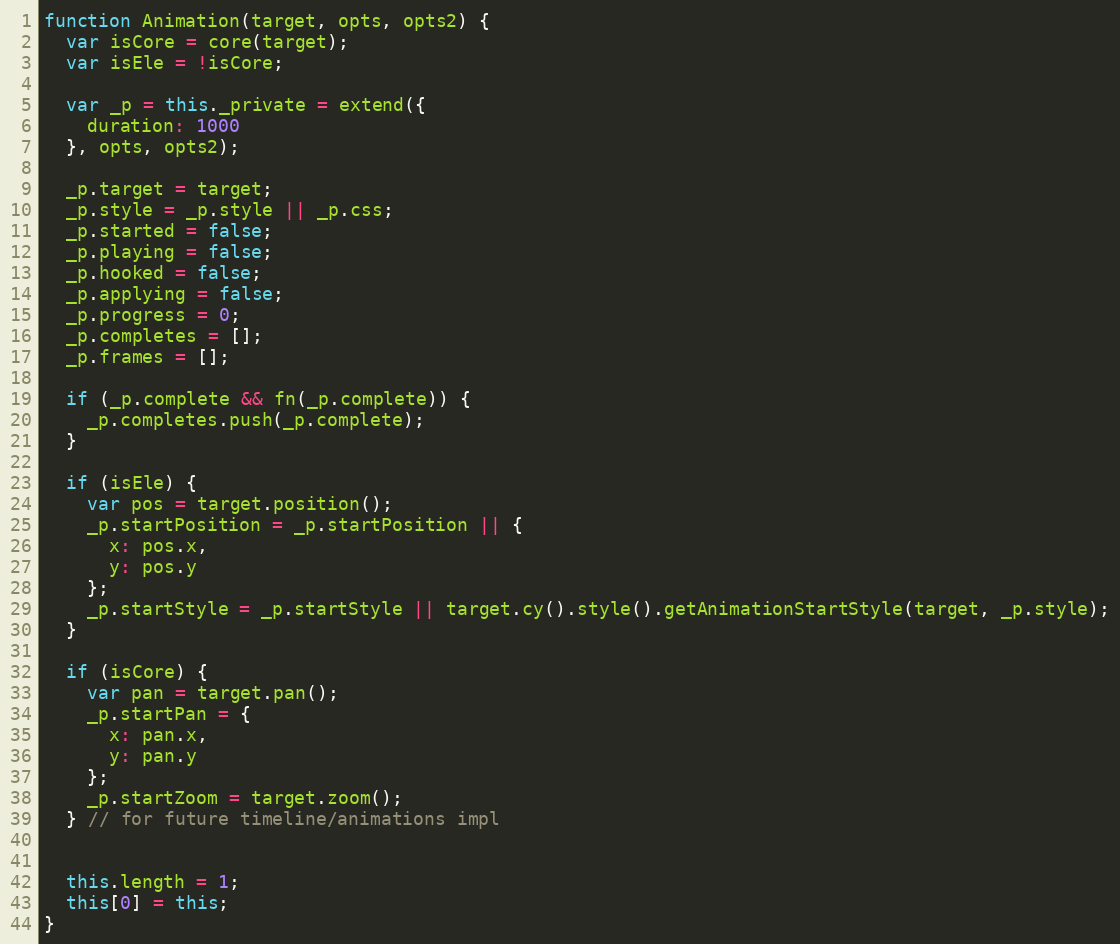
Language: JavaScript
function Animation(target, opts, opts2) {
  var isCore = core(target);
  var isEle = !isCore;

  var _p = this._private = extend({
    duration: 1000
  }, opts, opts2);

  _p.target = target;
  _p.style = _p.style || _p.css;
  _p.started = false;
  _p.playing = false;
  _p.hooked = false;
  _p.applying = false;
  _p.progress = 0;
  _p.completes = [];
  _p.frames = [];

  if (_p.complete && fn(_p.complete)) {
    _p.completes.push(_p.complete);
  }

  if (isEle) {
    var pos = target.position();
    _p.startPosition = _p.startPosition || {
      x: pos.x,
      y: pos.y
    };
    _p.startStyle = _p.startStyle || target.cy().style().getAnimationStartStyle(target, _p.style);
  }

  if (isCore) {
    var pan = target.pan();
    _p.startPan = {
      x: pan.x,
      y: pan.y
    };
    _p.startZoom = target.zoom();
  } // for future timeline/animations impl

  this.length = 1;
  this[0] = this;
}